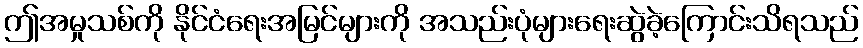
ဤအမှုသစ်ကို နိုင်ငံရေးအမြင်များကို အသည်းပုံများရေးဆွဲခဲ့ကြောင်းသိရသည်